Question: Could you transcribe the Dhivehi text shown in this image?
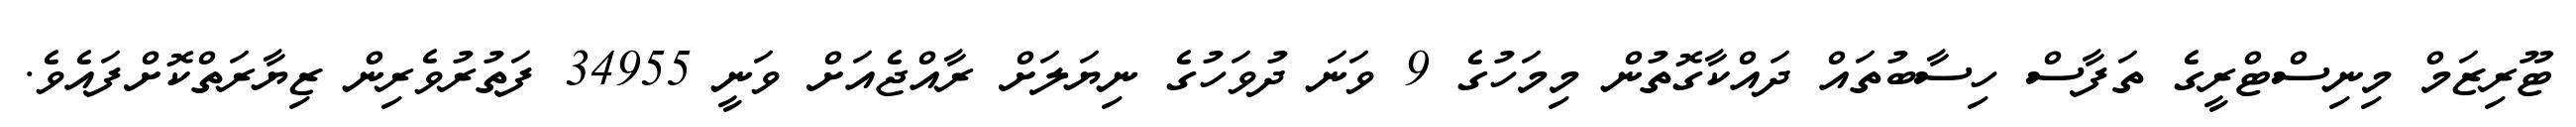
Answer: ޓޫރިޒަމް މިނިސްޓްރީގެ ތަފާސް ހިސާބުތައް ދައްކާގޮތުން މިމަހުގެ 9 ވަނަ ދުވަހުގެ ނިޔަލަށް ރާއްޖެއަށް ވަނީ 34955 ފަތުރުވެރިން ޒިޔާރަތްކޮށްފައެވެ.